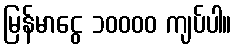
မြန်မာငွေ ၁၀၀၀၀ ကျပ်ပါ။